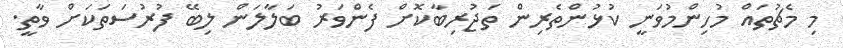
މި މެޗުތައް މުހިންމުވަނީ ކުޅުންތެރިން ތަޖުރިބާކޮށް ފެންވަރު ބަލާލަން ލިބޭ ފުރުސަތަކަށް ވާތީ.